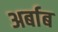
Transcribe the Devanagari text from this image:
अर्बाब